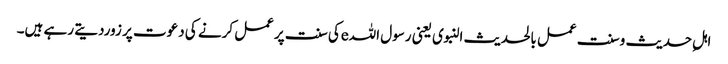
اہلِ حدیث وسنت عمل بالحدیث النبوی یعنی رسول اللہeکی سنت پرعمل کرنے کی دعوت پر زوردیتے رہے ہیں۔